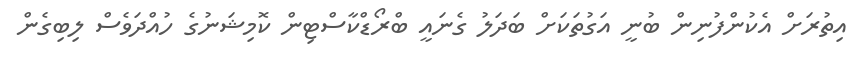
އިތުރަށް އެކުންފުނިން ބުނީ އަގުތަކަށް ބަދަލު ގެނައީ ބްރޯޑްކާސްޓިން ކޮމިޝަނުގެ ހުއްދަވެސް ލިބިގެން